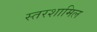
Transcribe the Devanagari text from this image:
स्तरशामिल